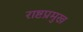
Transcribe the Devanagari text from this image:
राष्टप्रमुख